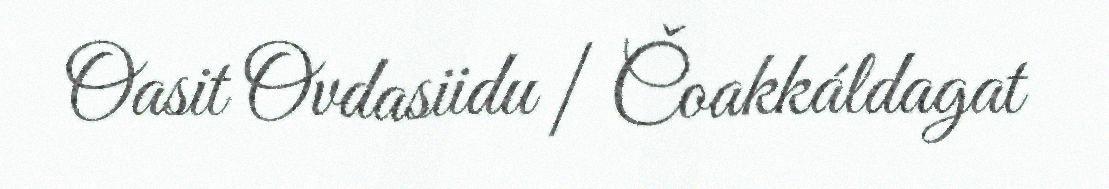
Oasit Ovdasiidu | Čoakkáldagat